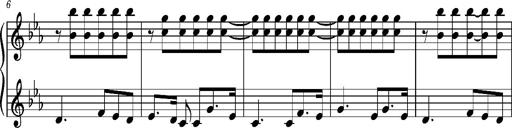
Title: La cloche sonne
Composer: Franz Liszt